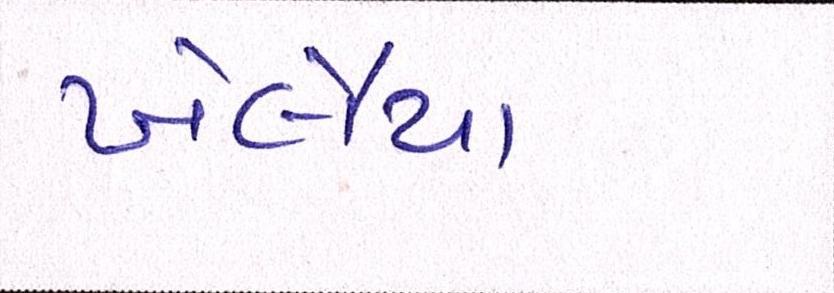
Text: ખેલૈયા